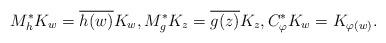
LaTeX: \begin{align*}M^{*}_{h}K_w = \overline{h(w)}K_w,M^{*}_{g}K_z = \overline{g(z)}K_z, C_{\varphi}^{*}K_w = K_{\varphi(w)}. \end{align*}